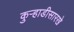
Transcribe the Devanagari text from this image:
कुर्‍हाडीसारखे